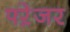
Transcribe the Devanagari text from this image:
फ्ऱेजर